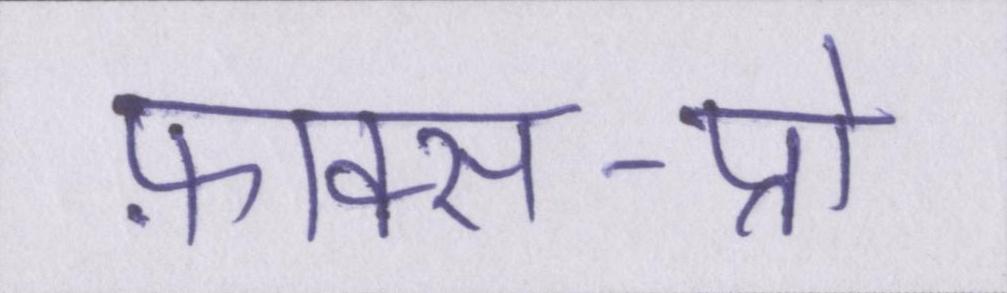
फ़ाक्स-प्रो